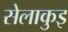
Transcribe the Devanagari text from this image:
सेलाकुइ